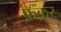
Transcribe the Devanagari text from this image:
फ़क़र